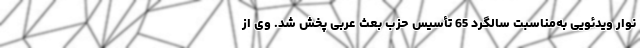
نوار ویدئویی به‌مناسبت سالگرد 65 تأسیس حزب بعث عربی پخش شد. وی از